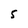
Character: 5